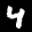
Label: 4